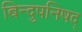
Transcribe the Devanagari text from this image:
बिन्दुपनिषद्